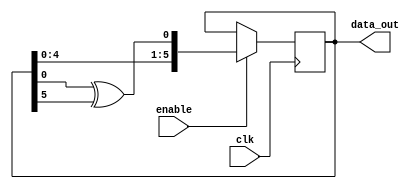
//LFSR6
module lfsr6 (data_out, clk, enable);
	output [6:1] data_out;
	input clk, enable;

	reg [6:1] sreg;

	initial sreg = 6'd1;

	always @(posedge clk)
	if (enable == 1'b1)
		sreg <= {sreg[5:1], sreg[1] ^ sreg[6]};
	
	assign data_out = sreg;

endmodule // lfsr6